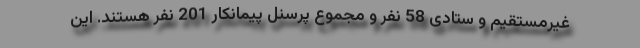
غیرمستقیم و ستادی 58 نفر و مجموع پرسنل پیمانکار 201 نفر هستند. این